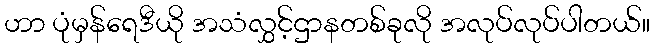
ဟာ ပုံမှန်ရေဒီယို အသံလွှင့်ဌာနတစ်ခုလို အလုပ်လုပ်ပါတယ်။